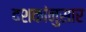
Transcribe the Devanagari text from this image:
दशकांनुसार